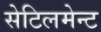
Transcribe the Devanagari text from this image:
सेटिलमेन्ट